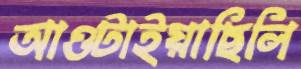
আওটাইয়াছিলি